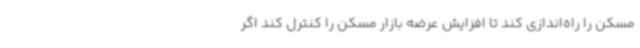
مسکن را راه‌اندازی کند تا افزایش عرضه بازار مسکن را کنترل کند اگر